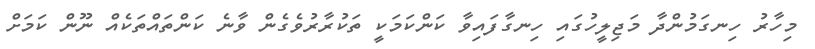
މިހާރު ހިނގަމުންދާ މަޖިލީހުގައި ހިނގާފައިވާ ކަންކަމަކީ ތަކުރާރުވެގެން ވާނެ ކަންތައްތަކެއް ނޫން ކަމަށް